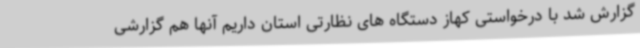
گزارش شد با درخواستی کهاز دستگاه های نظارتی استان داریم آنها هم گزارشی